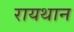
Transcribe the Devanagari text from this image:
रायथान